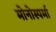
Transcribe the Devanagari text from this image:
मोनोस्पर्मा